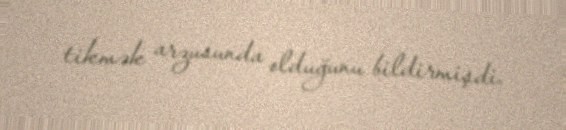
tikmək arzusunda olduğunu bildirmişdi.